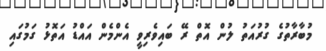
މުބާރާތުގެ ގުރުއަތު ލުން އޮތް ރޭ ބައިވެރިވީ އެންމެން އައްޑު އަތޮޅު ގަމުގައި